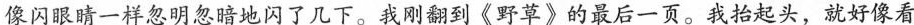
像眼睛一样忽明忽暗地闪了几下。我刚翻到《野草》的最后一页。我抬起头，就好像看